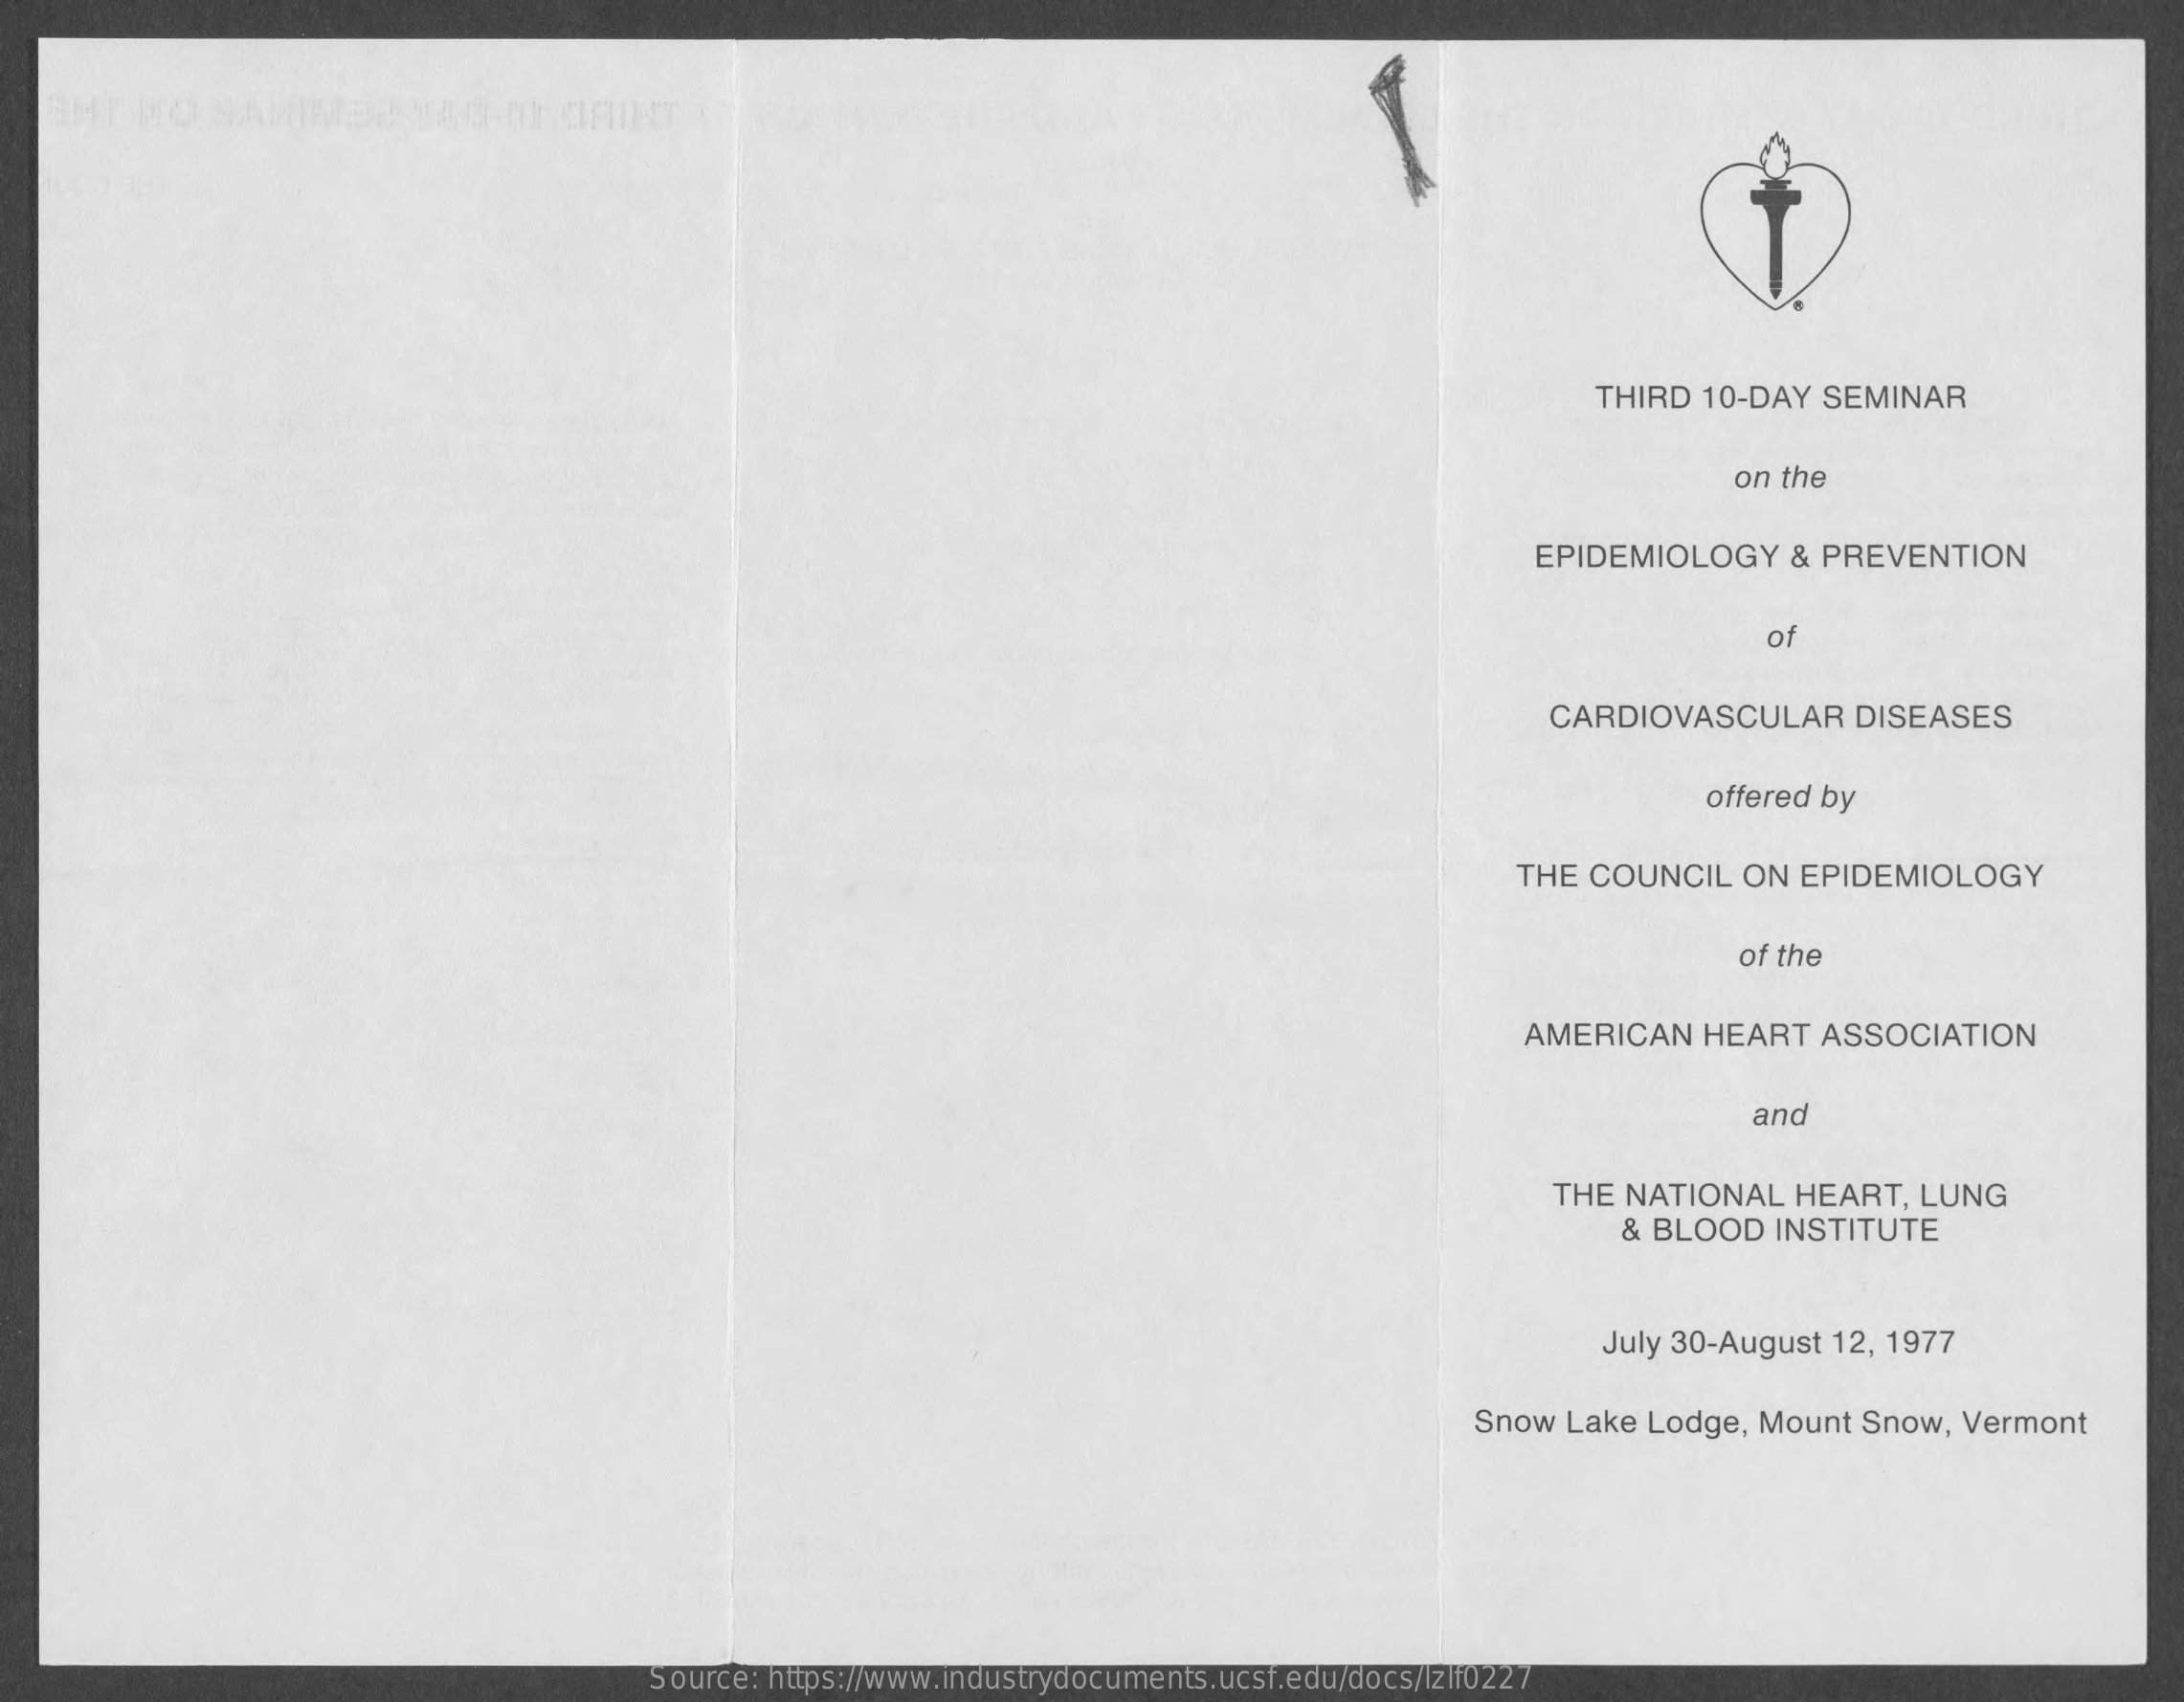
THIRD  10-DAY  SEMINAR
     on the
     EPIDEMIOLOGY    & PREVENTION
     of
     CARDIOVASCULAR    DISEASES
     offered by
     THE COUNCIL   ON   EPIDEMIOLOGY
     of the
     AMERICAN    HEART   ASSOCIATION
     and
     THE  NATIONAL   HEART,  LUNG
     & BLOOD   INSTITUTE
     July 30-August  12, 1977
     Snow  Lake Lodge,  Mount  Snow, Vermont
     Source: https://www.industrydocuments.ucsf.edu/docs/lzlf0227